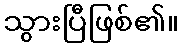
သွားပြီဖြစ်၏။